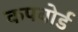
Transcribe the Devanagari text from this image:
कपबोर्ड